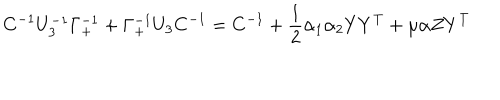
LaTeX: C ^ { - 1 } U _ { 3 } ^ { - 1 } \Gamma _ { + } ^ { - 1 } + \Gamma _ { + } ^ { - 1 } U _ { 3 } C ^ { - 1 } = C ^ { - 1 } + { \frac { 1 } { 2 } } \alpha _ { 1 } \alpha _ { 2 } Y Y ^ { T } + \mu \alpha Z Y ^ { T }